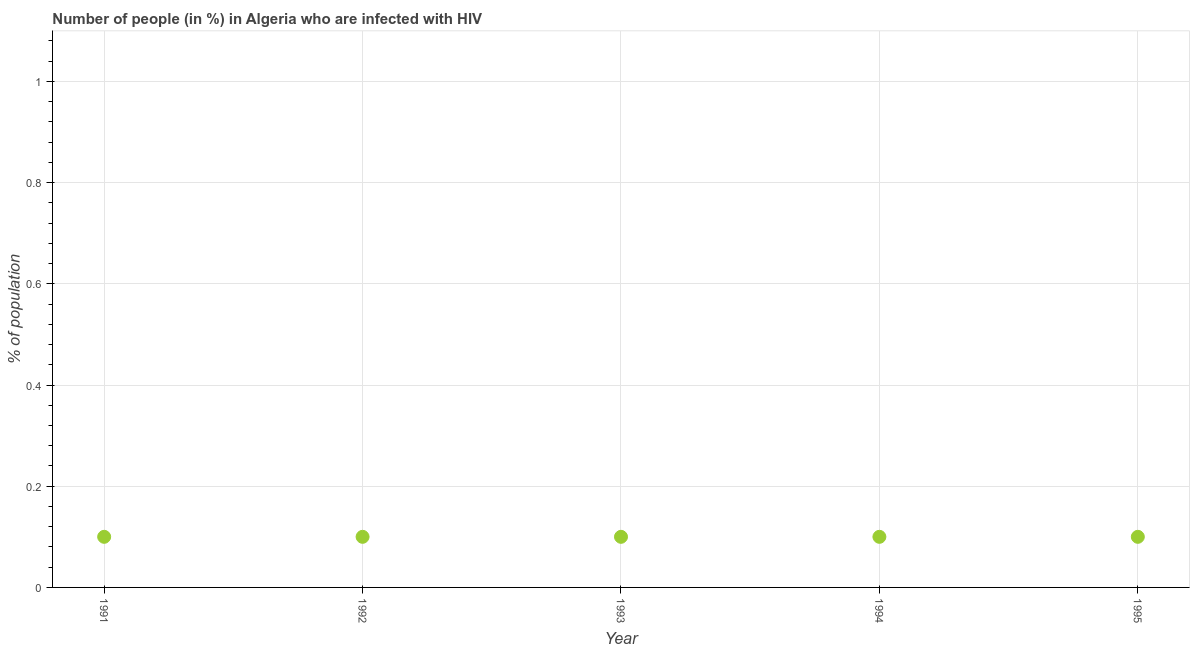
| Year | Infected with HIV |
 | --- | --- |
 | 1991 | 0.1 |
 | 1992 | 0.1 |
 | 1993 | 0.1 |
 | 1994 | 0.1 |
 | 1995 | 0.1 |